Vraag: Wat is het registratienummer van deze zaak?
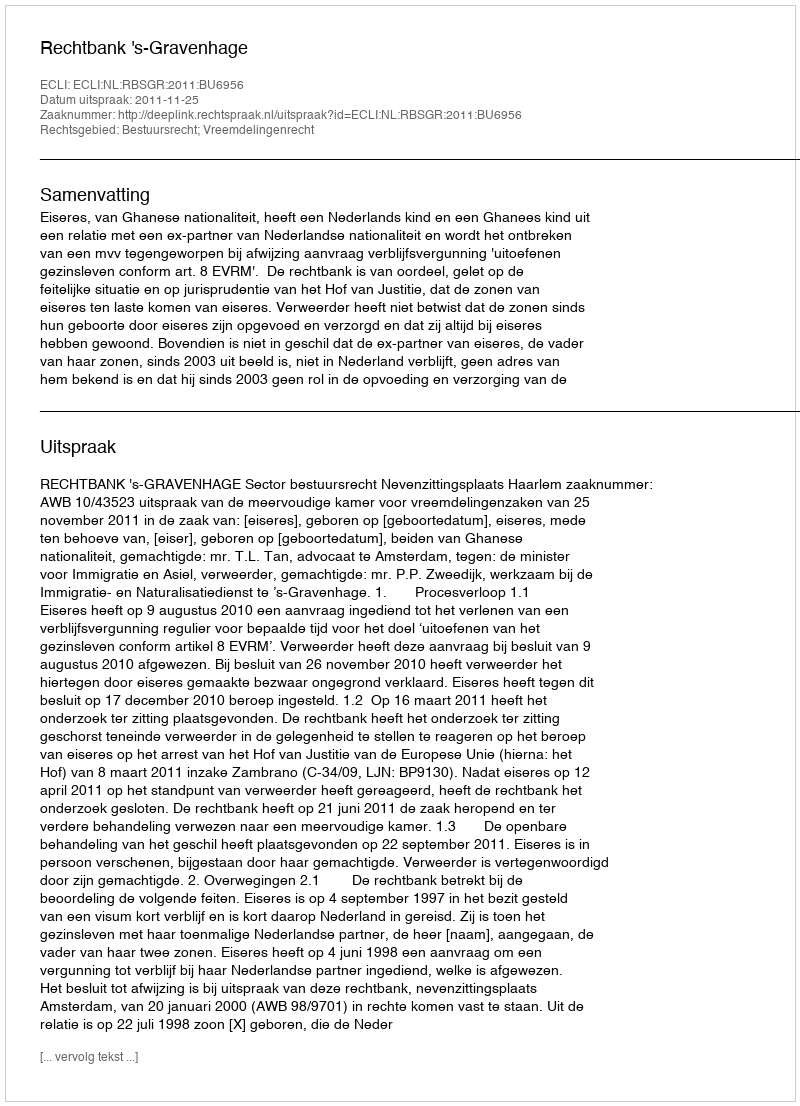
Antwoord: http://deeplink.rechtspraak.nl/uitspraak?id=ECLI:NL:RBSGR:2011:BU6956